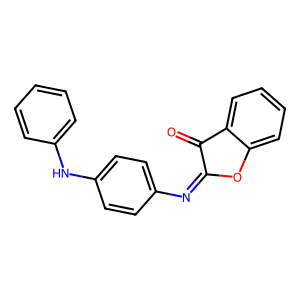
SMILES: O=C1C(=Nc2ccc(Nc3ccccc3)cc2)Oc2ccccc21
Inhibits HIV replication: No